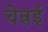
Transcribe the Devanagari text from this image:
चेन्नर्इ